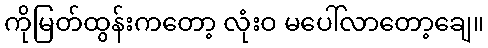
ကိုမြတ်ထွန်းကတော့ လုံးဝ မပေါ်လာတော့ချေ။